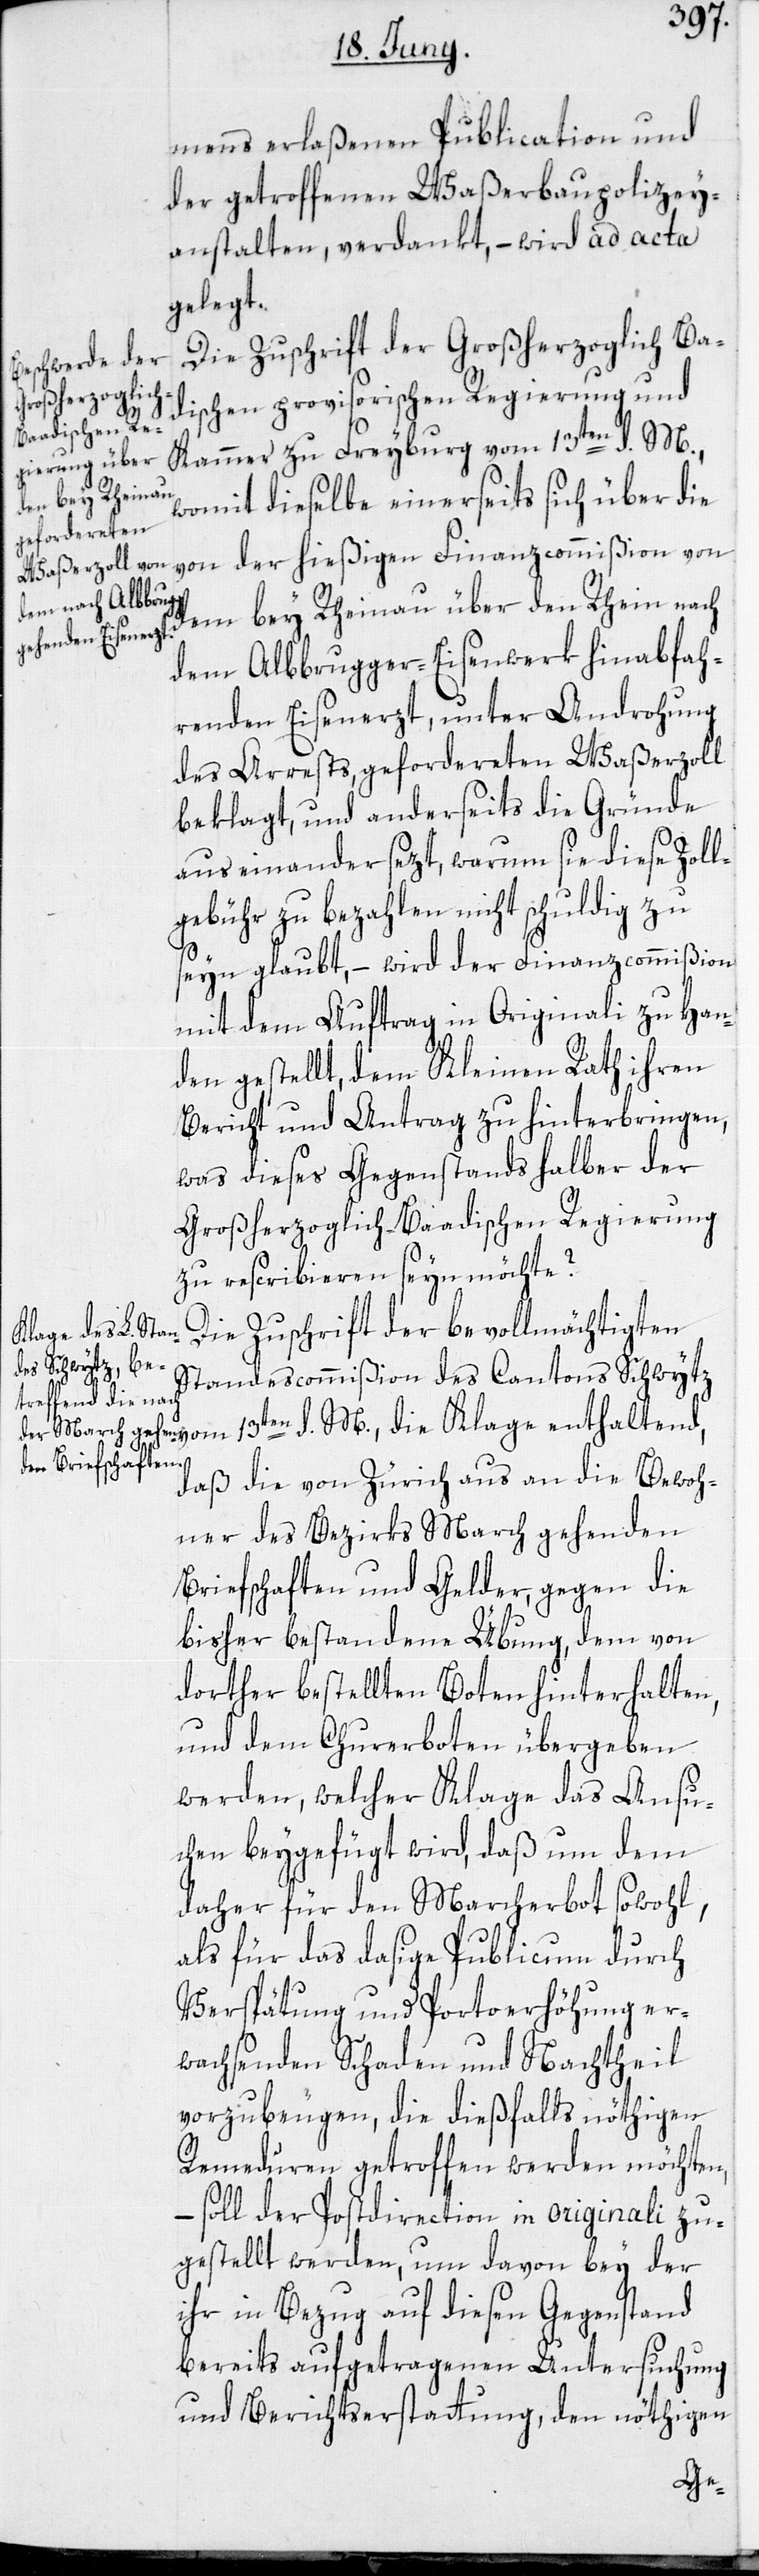
mens erlaßenen Publication und
der geteroffenen Waßerbaupolizey¬
anstalten, verdankt, – wird ad acta
gelegt.
Die Zuschrift der Großherzoglich Ba¬
dischen provisorischen Regierung und
d.
Kammer zu Freyburg vom 13ten d. M.,
womit dieselbe einerseits sich über die
von der hießigen Finanzcommißion von
dem bey Rheinau über den Rhein nach
dem Albbrugger-Eisenwerk hinabfah¬
renden Eisenerzt, unter Androhung
des Arrests, gefordereten Waßerzoll
beklagt, und anderseits die Gründe
auseinandersezt, warum sie diese Zoll¬
gebühr zu bezahlen nicht schuldig zu
seyn glaubt, – wird der Finanzcommißion
mit dem Auftrag in Originali zu Han¬
den gestellt, dem Kleinen Rath ihren
Bericht und Antrag zu hinterbringen,
was dieses Gegenstands halber der
Großherzoglich-Baadischen Regierung
zu rescribieren seyn möchte?
Die Zuschrift der bevollmächtigten
Standescommißion des Cantons Schwytz
daß die von Zürich aus an die Bewoh¬
ner des Bezirks March gehenden
Briefschaften und Gelder, gegen die
bisher bestandene Übung, dem von
dorther bestellten Boten hinterhalten,
und dem Churerboten übergeben
werden, welcher Klage das Ansu¬
chen beygefügt wird, daß um dem
daher für den Marcherbot sowohl,
als für das dasige Publicum durch
Verspätung und Portoerhöhung er¬
wachsenden Schaden und Nachtheil
vorzubeugen, die dießfalls nöthigen
Remeduren getroffen werden möchten,
– soll der Postdirection in originali zu¬
gestellt werden, um davon bey der
ihr in Bezug auf diesen Gegenstand
bereits aufgetragenen Untersuchung
und Berichtserstattung, den nöthigen